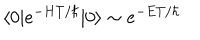
\langle 0 | e ^ { - H T / \hbar } | 0 \rangle \sim e ^ { - E T / \hbar }